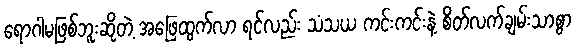
ရောဂါမဖြစ်ဘူးဆိုတဲ့ အဖြေထွက်လာ ရင်လည်း သံသယ ကင်းကင်းနဲ့ စိတ်လက်ချမ်းသာစွာ